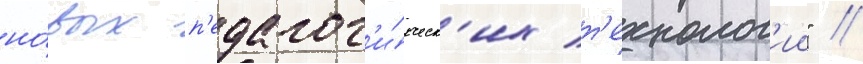
но́вых п'едагог'и́ческ'их т'ехнолог'ии" //